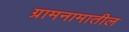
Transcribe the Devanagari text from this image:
ग्रामनामातील